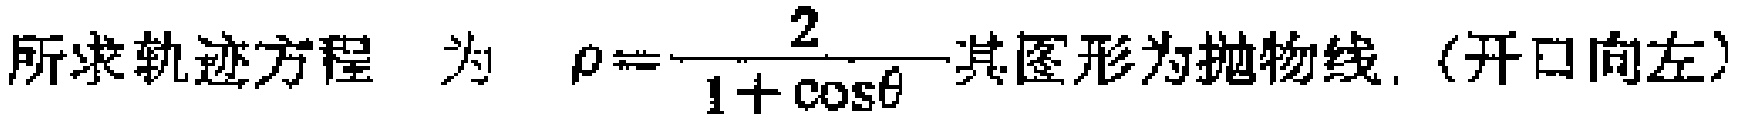
所求轨迹方程 为 $\rho=\frac{2}{1 + \cos\theta}$其图形为抛物线.（开口向左）